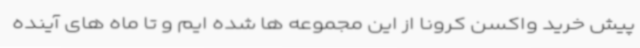
پیش خرید واکسن کرونا از این مجموعه ها شده ایم و تا ماه های آینده